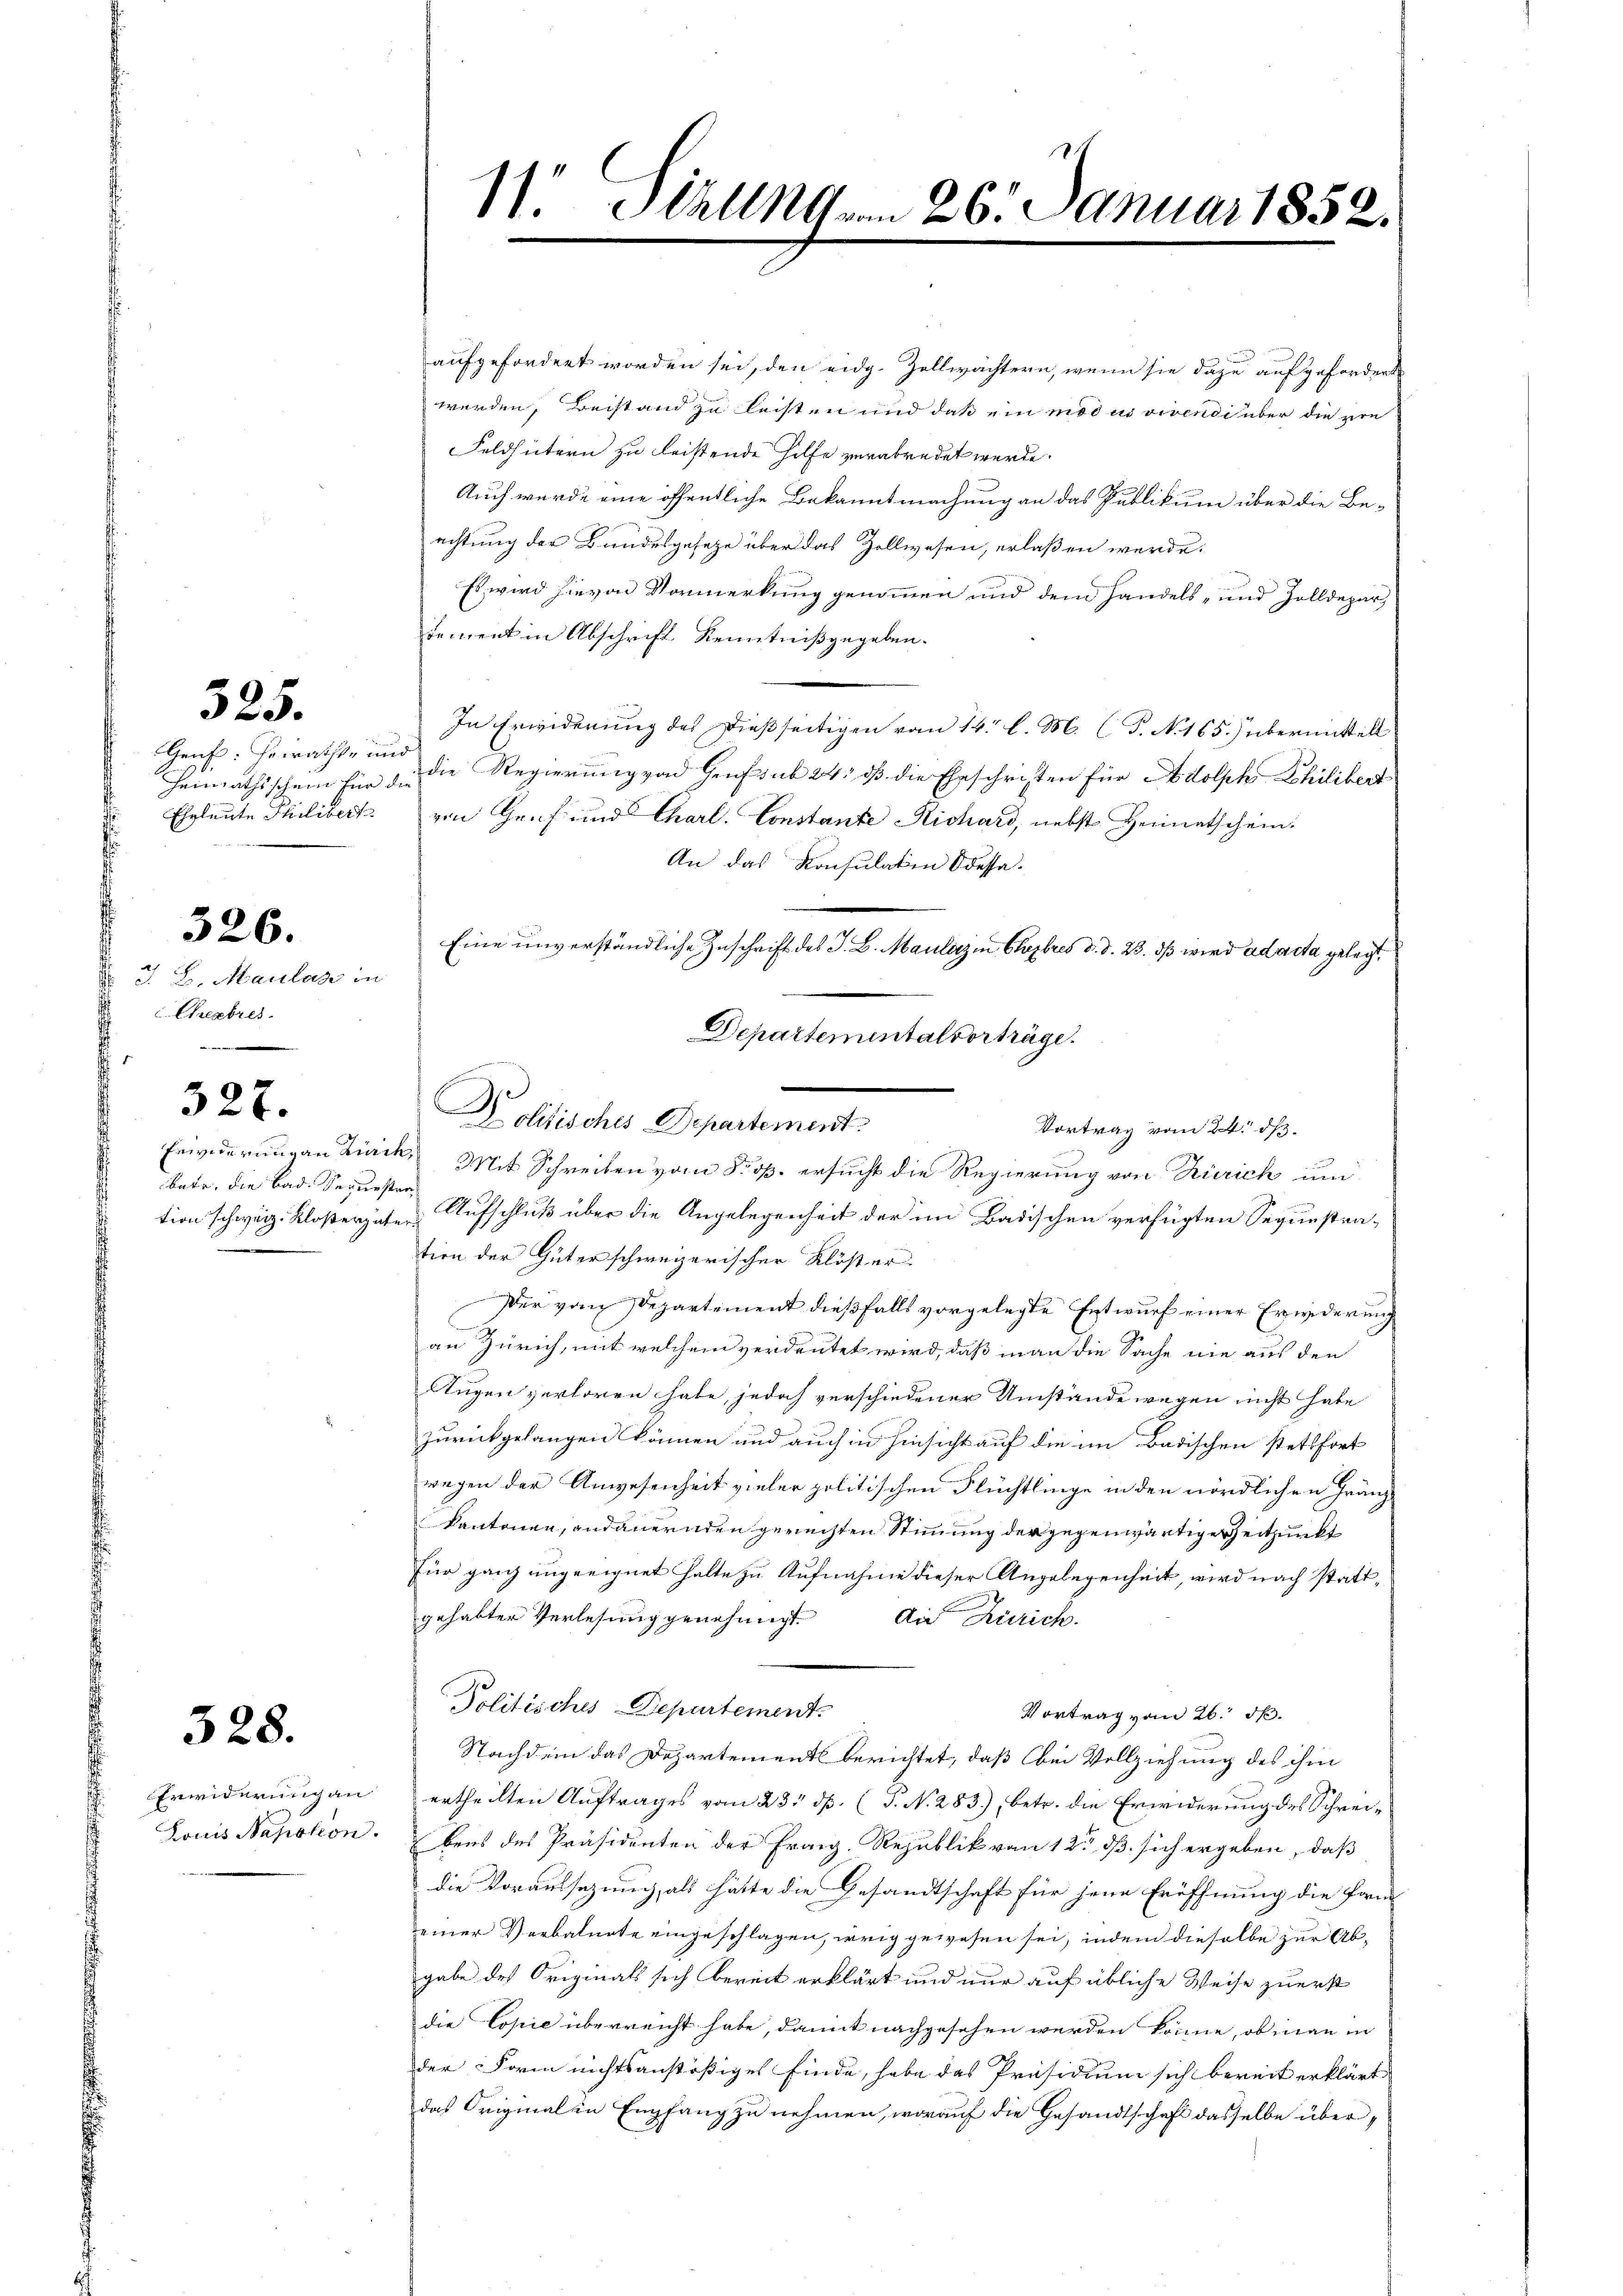
525.

Gens: Heerachte und
Heimathsschein für die

J. J. Maulas in
¬
Cheebres
327.
bate, die Bad. Recursten
.

326.

328.

Frwiderung an

aufgefordert worden sei, den eidg. Zellwächtern, wenn sie dazu aufgefordert
werden, Beistand zu leisten und daß ein modus vivendi über die pre
Feldhütern zu leistende Hilfe verabredet wurde.
Auch wurde eine öffentliche Bekanntmachung an das Publikum über die Be-
achtung der Bundesgesetze über das Zollwesen, erlaßen werde.
Es wird hievon Vormerkung genommen und dem handels, und Zolldepar
dement in Abschrift Kenntniß gegeben.
In Erwiderung des dießseitigen vom 14. l. M. (T. N. 165) übermittell
die Regierung von Genf sub 24 dß die Eheschriften für Adolph Philibert
Eheleute Schilibeck von Genf und Charl. Constante Richard, nebst Heimatschein.
An das Konsulaten Ocessa.
Eine unverständliche Zuschrift des J. B. Maulaz in Chambres d. d. 23. dß wird ad acta gelegt
Departementalvorträge.
Erwiderungen Zick, Mit Schreiben vom 8. ds. ersucht die Regierung von Zürich um
tion schweiz. Kloßergute Aufschluß über die Angelegenheit der im Badischen verfügten Sequestration der Güter schweizerischer Klöster
Der vom Departement dießfalls vorgelegte Entwurf einer Erwiderung
an Zürich, mit welchem verdeutet wird, daß man die Sache nie aus den
Augen verloren habe, jedoch verschiedener Umstände wegen nicht habe
zurückgelangen können und auch in Hinsicht auf die im Badischen stetsfort
wegen der Anwesenheit vieler politischen Flüchtlinge in den nördlichen Gränzkantonen, andauernden gerechten Stimmung der gegenwärtiger Zeitpunkt
für ganz ungeeignet halte zu Aufnahme dieser Angelegenheit, wird nach stattgehabter Verlesung genehmigt. Die Zürich.
Politisches Departement.
Vortrag vom 26. d.
Nachdein das Departement berichtet, daß bei Vollziehung des ihm
 ertheilten Auftrages vom 23. ds. (T. N. 283), betr. die Erwiderung des Schrei¬
Louis Napoleon. Ebens des Präsidenten der Franz, Republik von 12t dß sich ergeben, daß
die Voraussazung, als hätte die Gesandtschaft für jene Eröffnung die Fam
Deiner Verbalnote eingeschlagen, weig gewesen sei, indem dieselbe zur Abgabe des Originals sich bereit erklärt und nur auf übliche Weise zuerst
die Copie überreicht habe, damit nachgesehen werden könne, ob man in
der Form nichtsanstößiges finde, habe das Präsidium sich bereit erklärt
das Originalen Empfang zu nehmen, worauf die Gesandtschaft dasselbe über¬

.
11. Stall vom 26. Januar 1852.

Politisches Departement.

Vortrag vom 24. ds.